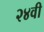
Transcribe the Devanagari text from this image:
२४वी